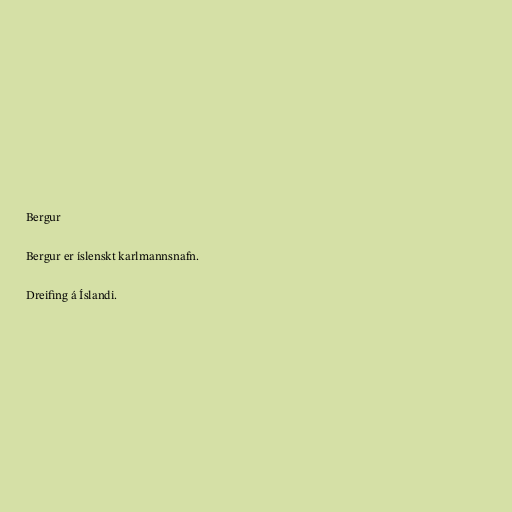
Bergur

Bergur er íslenskt karlmannsnafn.

Dreifing á Íslandi.